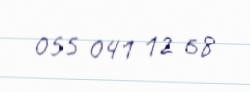
055 041 12 68